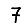
Digit: 7